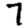
Digit: 7